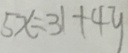
5 x = 3 1 + 4 y